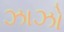
ઝાઝો